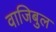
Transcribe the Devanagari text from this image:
वाजिबुल